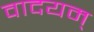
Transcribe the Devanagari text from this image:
वादयम्